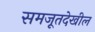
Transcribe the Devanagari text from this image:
समजूतदेखील